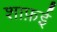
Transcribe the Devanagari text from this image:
शाफ़ई